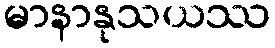
မာနာနုသယဿ